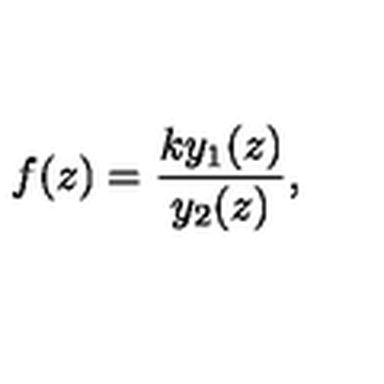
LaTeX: f ( z ) = \frac { k y _ { 1 } ( z ) } { y _ { 2 } ( z ) } ,